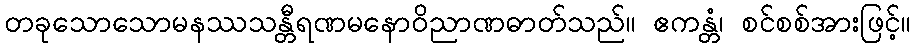
တခုသောသောမနဿသန္တီရဏမနောဝိညာဏဓာတ်သည်။ ဧကန္တံ၊ စင်စစ်အားဖြင့်။